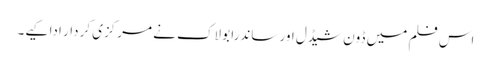
اس فلم میں ڈون شیڈل اور ساندرا بولاک نے مرکزی کردار ادا کیے۔